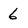
Character: 6